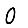
Digit: 0